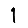
Digit: 1